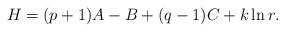
LaTeX: \begin{align*}H = (p+1)A - B + (q-1) C + k \ln r.\end{align*}